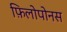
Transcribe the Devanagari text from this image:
फ़िलोपोनस